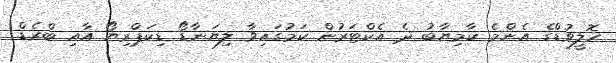
ހޮލީވުޑްގެ އެންމެ ކާމިޔާބު ދެ އެކްޓަރުން ކަމުގައިވާ ލިޔަނާޑޯ ޑިކަޕްރިޔޯ އާއި ބްރެޑް